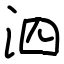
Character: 泗